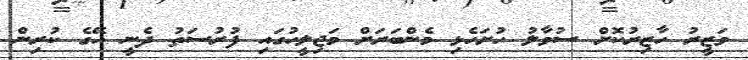
ވަޒީރު ހާޒިރުކޮށް ސުވާލު ހުށަހެޅި މެންބަރަށް މަޖިލީހުގައި ފުރުސަތު ދެނީ އޭގެ ކުރިން